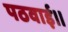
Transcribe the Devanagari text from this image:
पठवाई।।